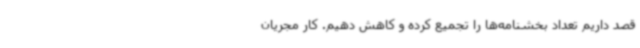
قصد داریم تعداد بخشنامه‌ها را تجمیع کرده و کاهش دهیم. کار مجریان